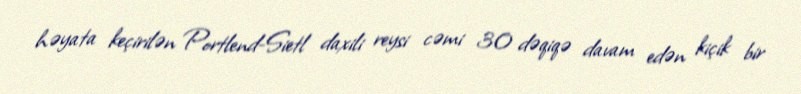
həyata keçirilən Portlend-Sietl daxili reysi cəmi 30 dəqiqə davam edən kiçik bir